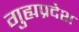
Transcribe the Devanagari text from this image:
गुह्यप्रदेश